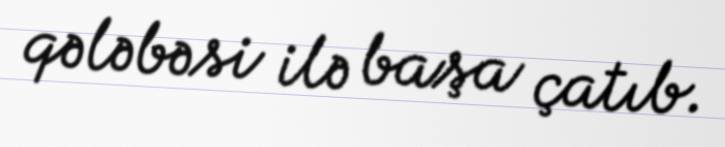
qələbəsi ilə başa çatıb.